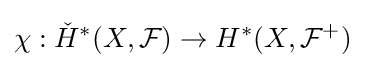
\chi :{\check {H}}^{*}(X,{\mathcal {F}})\to H^{*}(X,{\mathcal {F}}^{+})